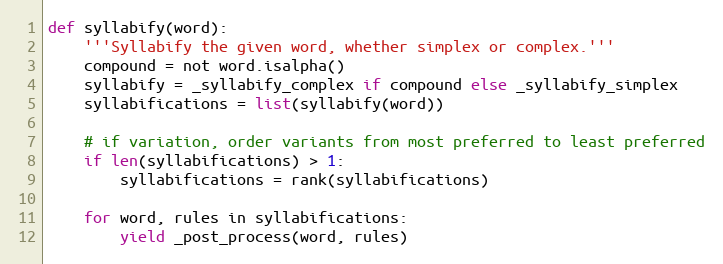
Language: Python
def syllabify(word):
    '''Syllabify the given word, whether simplex or complex.'''
    compound = not word.isalpha()
    syllabify = _syllabify_complex if compound else _syllabify_simplex
    syllabifications = list(syllabify(word))

    # if variation, order variants from most preferred to least preferred
    if len(syllabifications) > 1:
        syllabifications = rank(syllabifications)

    for word, rules in syllabifications:
        yield _post_process(word, rules)